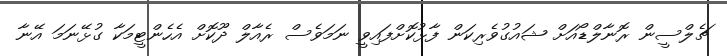
ޗެލްސީން ރޮނާލްޑޯއަށް ޝައުގުވެރިކަން ފާޅުކޮށްފައިވީ ނަަމަވެސް ރެއާލް ދޫކޮށް އެހެންޓީމަކާ ގުޅޭނަމަ އޭނާ